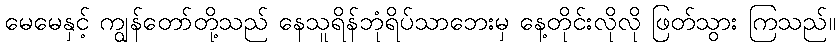
မေမေနှင့် ကျွန်တော်တို့သည် နေသူရိန်ဘုံရိပ်သာဘေးမှ နေ့တိုင်းလိုလို ဖြတ်သွား ကြသည်။